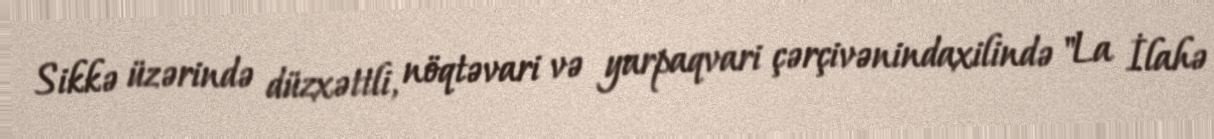
Sikkə üzərində düzxəttli, nöqtəvari və yarpaqvari çərçivənindaxilində "La İlahə